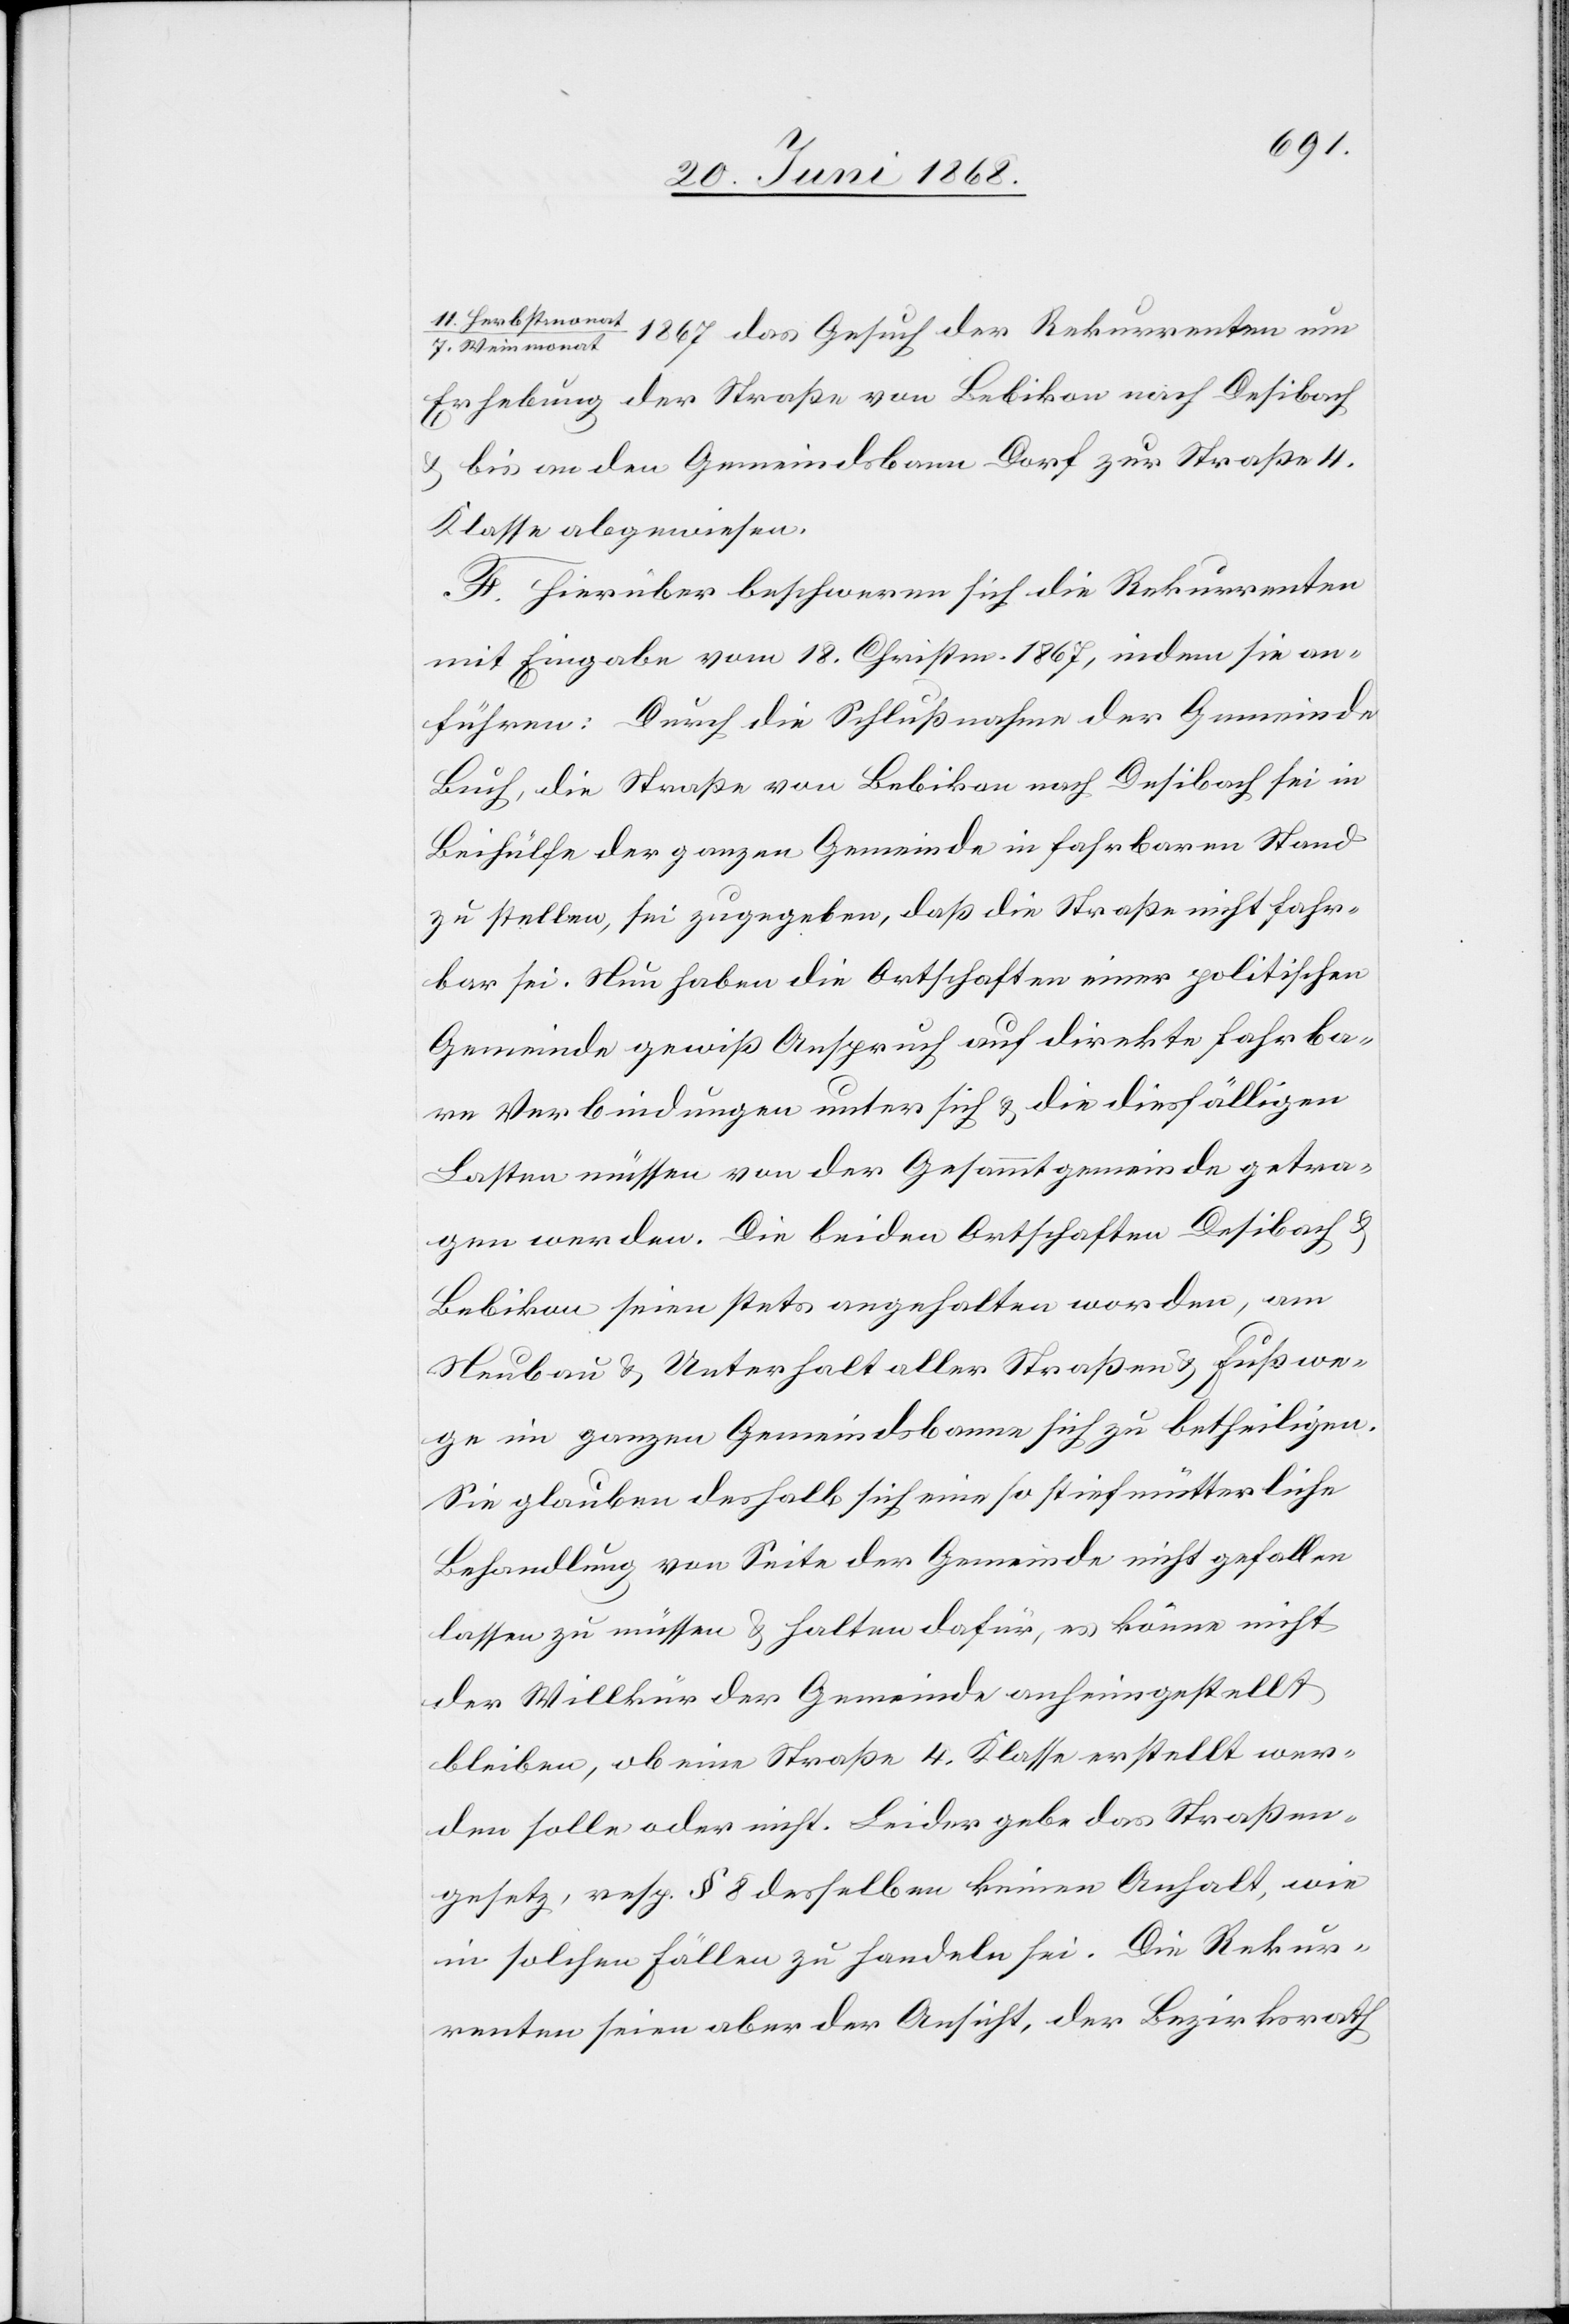
11. Herbstmonat
1867 das Gesuch der Rekurrenten um
7. Weinmonat
Erhebung der Straße von Bebikon nach Desibach
& bis an den Gemeindsbann Dorf zur Straße 4.
Klasse abgewiesen.
F. Hierüber beschweren sich die Rekurrenten
mit Eingabe vom 18. Christm. 1867, indem sie an¬
führen: Durch die Schlußnahme der Gemeinde
Buch, die Straße von Bebikon nach Desibach sei in
Beihülfe der ganzen Gemeinde in fahrbaren Stand
zu stellen, sei zugegeben, daß die Straße nicht fahr¬
bar sei. Nun haben die Ortschaften einer politischen
Gemeinde gewiß Anspruch auf direkte fahrba¬
re Verbindungen unter sich & die diesfälligen
Lasten müssen von der Gesammtgemeinde getra¬
gen werden. Die beiden Ortschaften Desibach &
Bebikon seien stets angehalten worden, am
Neubau & Unterhalt aller Straßen & Fußwe¬
ge im ganzen Gemeindsbanne sich zu betheiligen.
Sie glauben deshalb sich eine so stiefmütterliche
Behandlung von Seite der Gemeinde nicht gefallen
lassen zu müssen & halten dafür, es könne nicht
der Willkür der Gemeinde anheimgestellt
bleiben, ob eine Straße 4. Klasse erstellt wer¬
den solle oder nicht. Leider gebe das Straßen¬
gesetz, resp. § 8 desselben keinen Anhalt, wie
in solchen Fällen zu handeln sei. Die Rekur¬
renten seien aber der Ansicht, der Bezirksrath